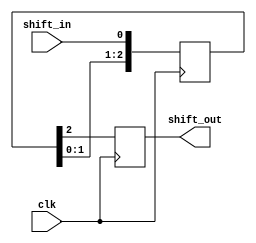
`timescale 1ns / 1ps
// Serial In Serial Out
// We need 3 Flip Flop

module siso(shift_out,shift_in,clk);
    input shift_in;
    output shift_out;
    reg shift_out;
    input clk;
    reg [2:0] data;
    
    always @(posedge clk)
    begin
    data[0] <= shift_in;
    data[1] <= data[0];
    data[2] <= data[1];
    shift_out <= data[2];
    end

endmodule